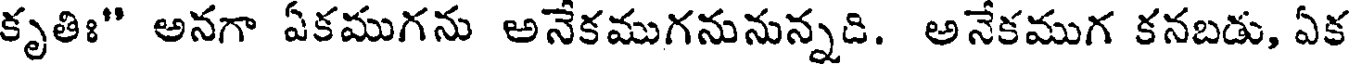
కృతిః" అనగా ఏకముగను అనేకముగనునున్నది. అనేకముగ కనబడు, ఏక